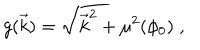
LaTeX: g ( \vec { k } ) = \sqrt { { \vec { k } } ^ { 2 } + \mu ^ { 2 } ( \phi _ { 0 } ) } \; ,